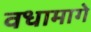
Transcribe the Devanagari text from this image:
वधामागे